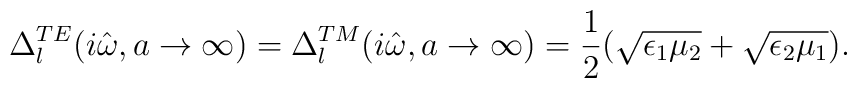
\Delta_l^{TE}(i\hat \omega, a\rightarrow \infty)=\Delta_l^{TM}(i\hat \omega, a\rightarrow\infty)=\frac{1}{2}(\sqrt{\epsilon_1\mu_2}+\sqrt{\epsilon_2\mu_1}).